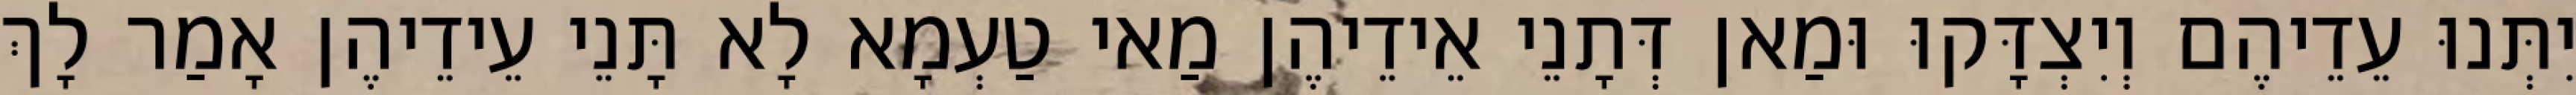
יִתְּנוּ עֵדֵיהֶם וְיִצְדָּקוּ וּמַאן דְּתָנֵי אֵידֵיהֶן מַאי טַעְמָא לָא תָּנֵי עֵידֵיהֶן אָמַר לָךְ